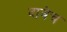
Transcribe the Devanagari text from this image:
दावेच